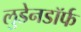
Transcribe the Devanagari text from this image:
लुडेनडॉर्फ